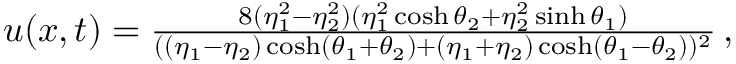
\begin{array} { r } { u ( x , t ) = \frac { 8 ( \eta _ { 1 } ^ { 2 } - \eta _ { 2 } ^ { 2 } ) ( \eta _ { 1 } ^ { 2 } \cosh { \theta _ { 2 } } + \eta _ { 2 } ^ { 2 } \sinh { \theta _ { 1 } } ) } { ( ( \eta _ { 1 } - \eta _ { 2 } ) \cosh ( \theta _ { 1 } + \theta _ { 2 } ) + ( \eta _ { 1 } + \eta _ { 2 } ) \cosh ( \theta _ { 1 } - \theta _ { 2 } ) ) ^ { 2 } } \, , } \end{array}